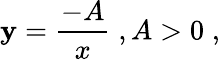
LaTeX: \mathbf{y}={\frac{{-A}}{{x}}}\; ,A>0\; ,